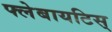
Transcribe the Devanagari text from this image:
फ्लेबायटिस्